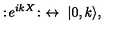
: \! e ^ { i k X } \! : \ \leftrightarrow \ | 0 , k \rangle ,